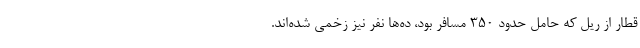
قطار از ریل که حامل حدود ۳۵۰ مسافر بود، ده‌ها نفر نیز زخمی شده‌اند.